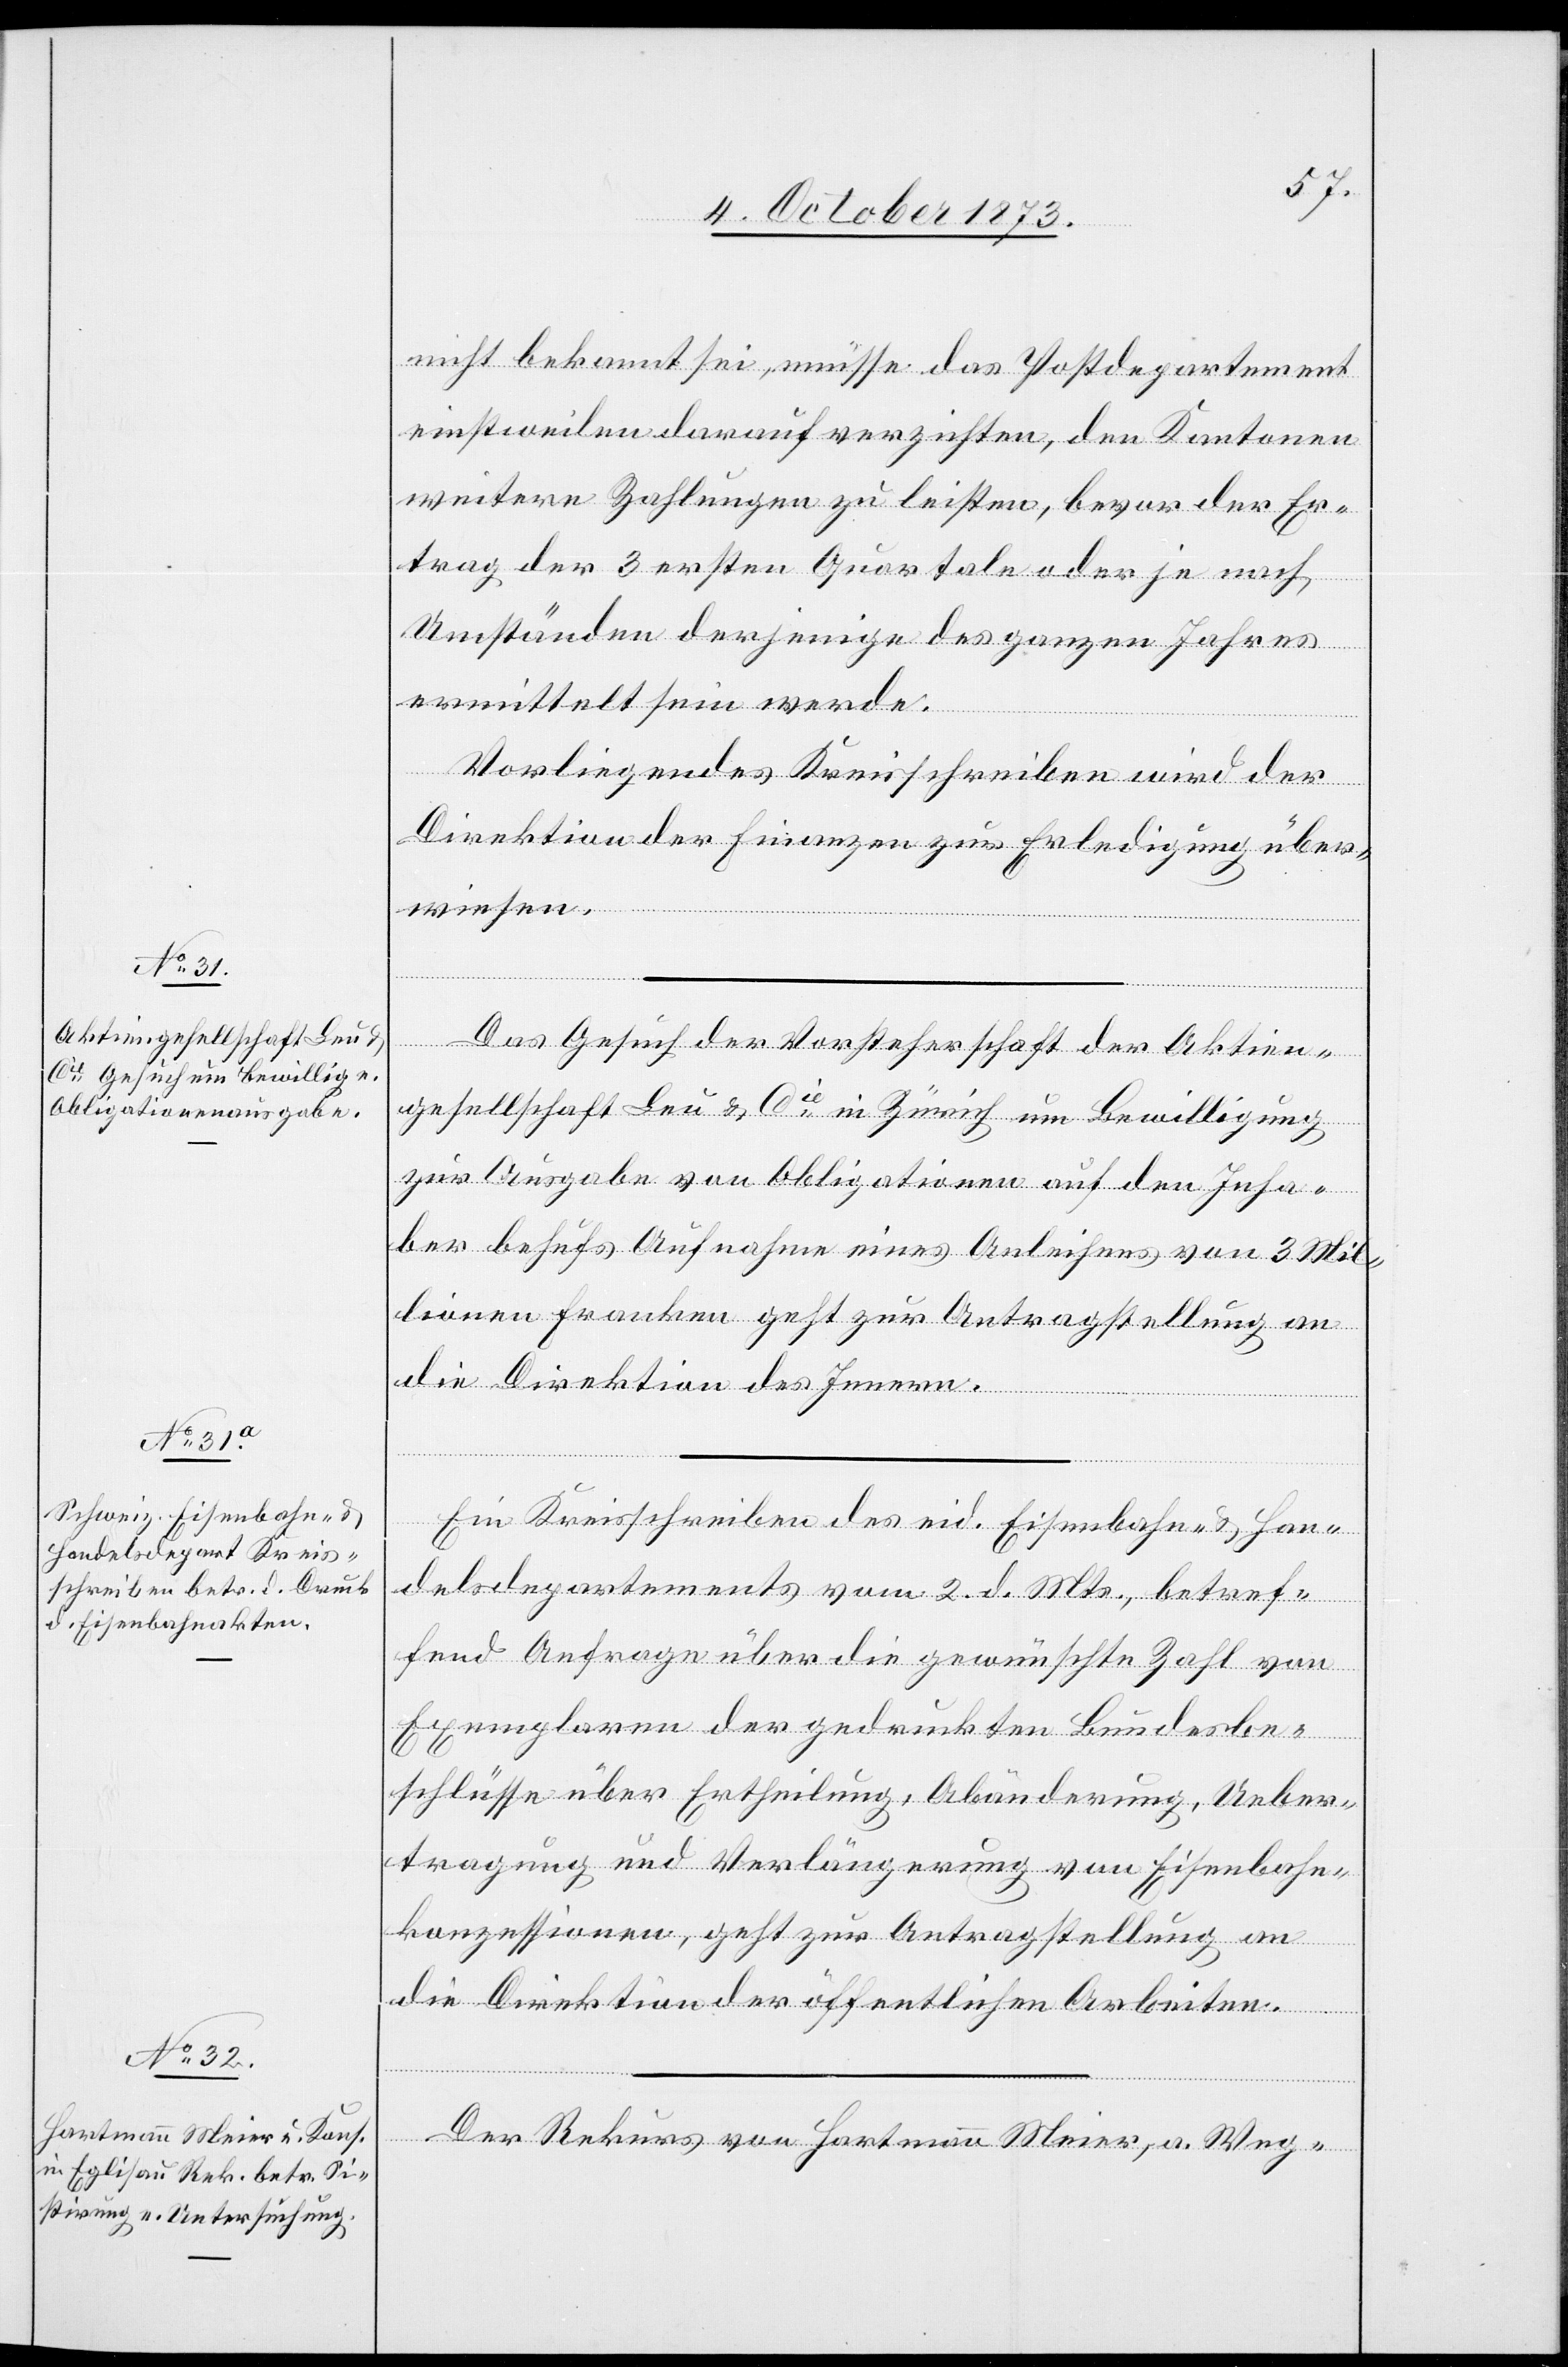
6. October 1873.]
nicht bekannt sei, müsse das Postdepartement
einstweilen darauf verzichten, den Kantonen
weitere Zahlungen zu leisten, bevor der Er¬
trag der 3 ersten Quartale oder je nach
Umständen derjenige des ganzen Jahres
ermittelt sein werde.
Vorliegendes Kreisschreiben wird der
Direktion der Finanzen zur Erledigung über¬
wiesen.
Das Gesuch der Vorsteherschaft der Aktien¬
gesellschaft Leu & Cie in Zürich um Bewilligung
zur Ausgabe von Obligationen auf den Inha¬
ber behufs Aufnahme eines Anleihens von 3 Mil¬
lionen Franken geht zur Antragstellung an
die Direktion des Innern.
Ein Kreisschreiben des eid. Eisenbahn- & Han¬
delsdepartements vom 2. d. Mts., betref¬
fend Anfrage über die gewünschte Zahl von
Exemplaren der gedruckten Bundesbe¬
schlüsse über Ertheilung, Abänderung, Ueber¬
tragung und Verlängerung von Eisenbahn¬
konzessionen, geht zur Antragstellung an
die Direktion der öffentlichen Arbeiten.
Der Rekurs von Hartmann Meier, a. Weg-